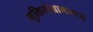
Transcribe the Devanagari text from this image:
मुक्तिसंग्राममध्ये